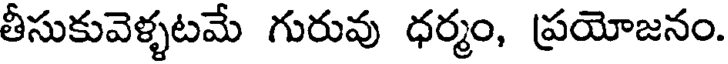
తీసుకువెళ్ళటమే గురువు ధర్మం, ప్రయోజనం.